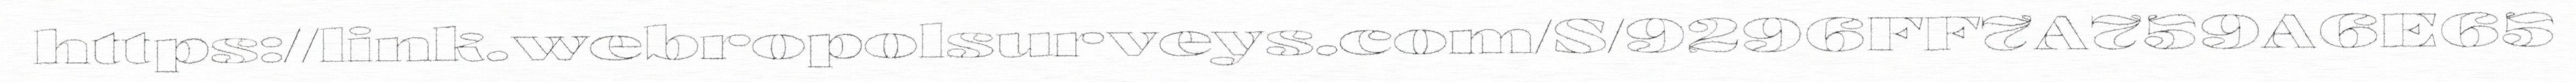
https://link.webropolsurveys.com/S/9296FF7A759A6E65